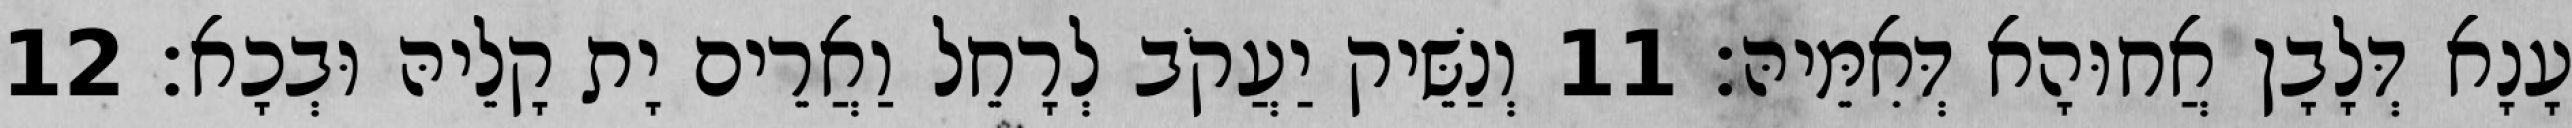
עָנָא דְּלָבָן אֲחוּהָא דְּאִמֵּיהּ׃ 11 וְנַשֵּׁיק יַעֲקֹב לְרָחֵל וַאֲרֵים יָת קָלֵיהּ וּבְכָא׃ 12